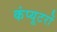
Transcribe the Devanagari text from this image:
कंप्‍यूटरों